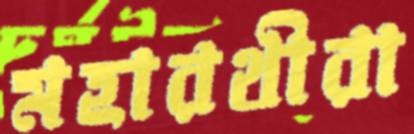
মহারথীরা